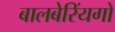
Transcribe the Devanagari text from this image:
बालबेरिंयगों